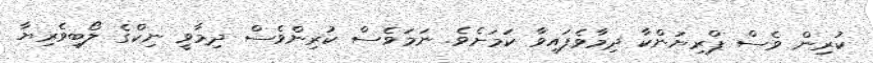
ކުރިން ވެސް ޕްރިޔަންކާ ދިމާވެފައިވާ ކަމަށެވެ. ނަަމަވެސް ކުރިންވެސް ދިމާވީ ނިކްގެ ލޯބިވެރިޔާ